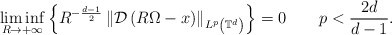
\begin{align*}\liminf_{R\rightarrow+\infty}\left\{ R^{-\frac{d-1}{2}}\left\Vert\mathcal{D}\left( R\Omega-x\right) \right\Vert _{L^{p}\left( \mathbb{T}^{d}\right) }\right\} =0\ \ \ \ \ \ p<\frac{2d}{d-1}.\end{align*}